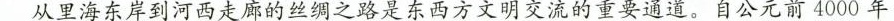
从里海东岸到河西走廊的丝绸之路是东西方文明交流的重要通道。自公元前4000年